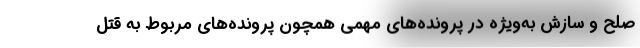
صلح و سازش به‌ویژه در پرونده‌های مهمی همچون پرونده‌های مربوط به قتل